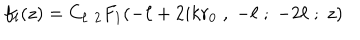
f _ { \ell } ( z ) = C _ { \ell } \; { } _ { 2 } F _ { 1 } ( - \ell + 2 i k r _ { 0 } \; , \; - \ell \; ; \; - 2 \ell \; ; \; z )